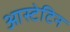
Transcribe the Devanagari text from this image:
आस्टेटिन